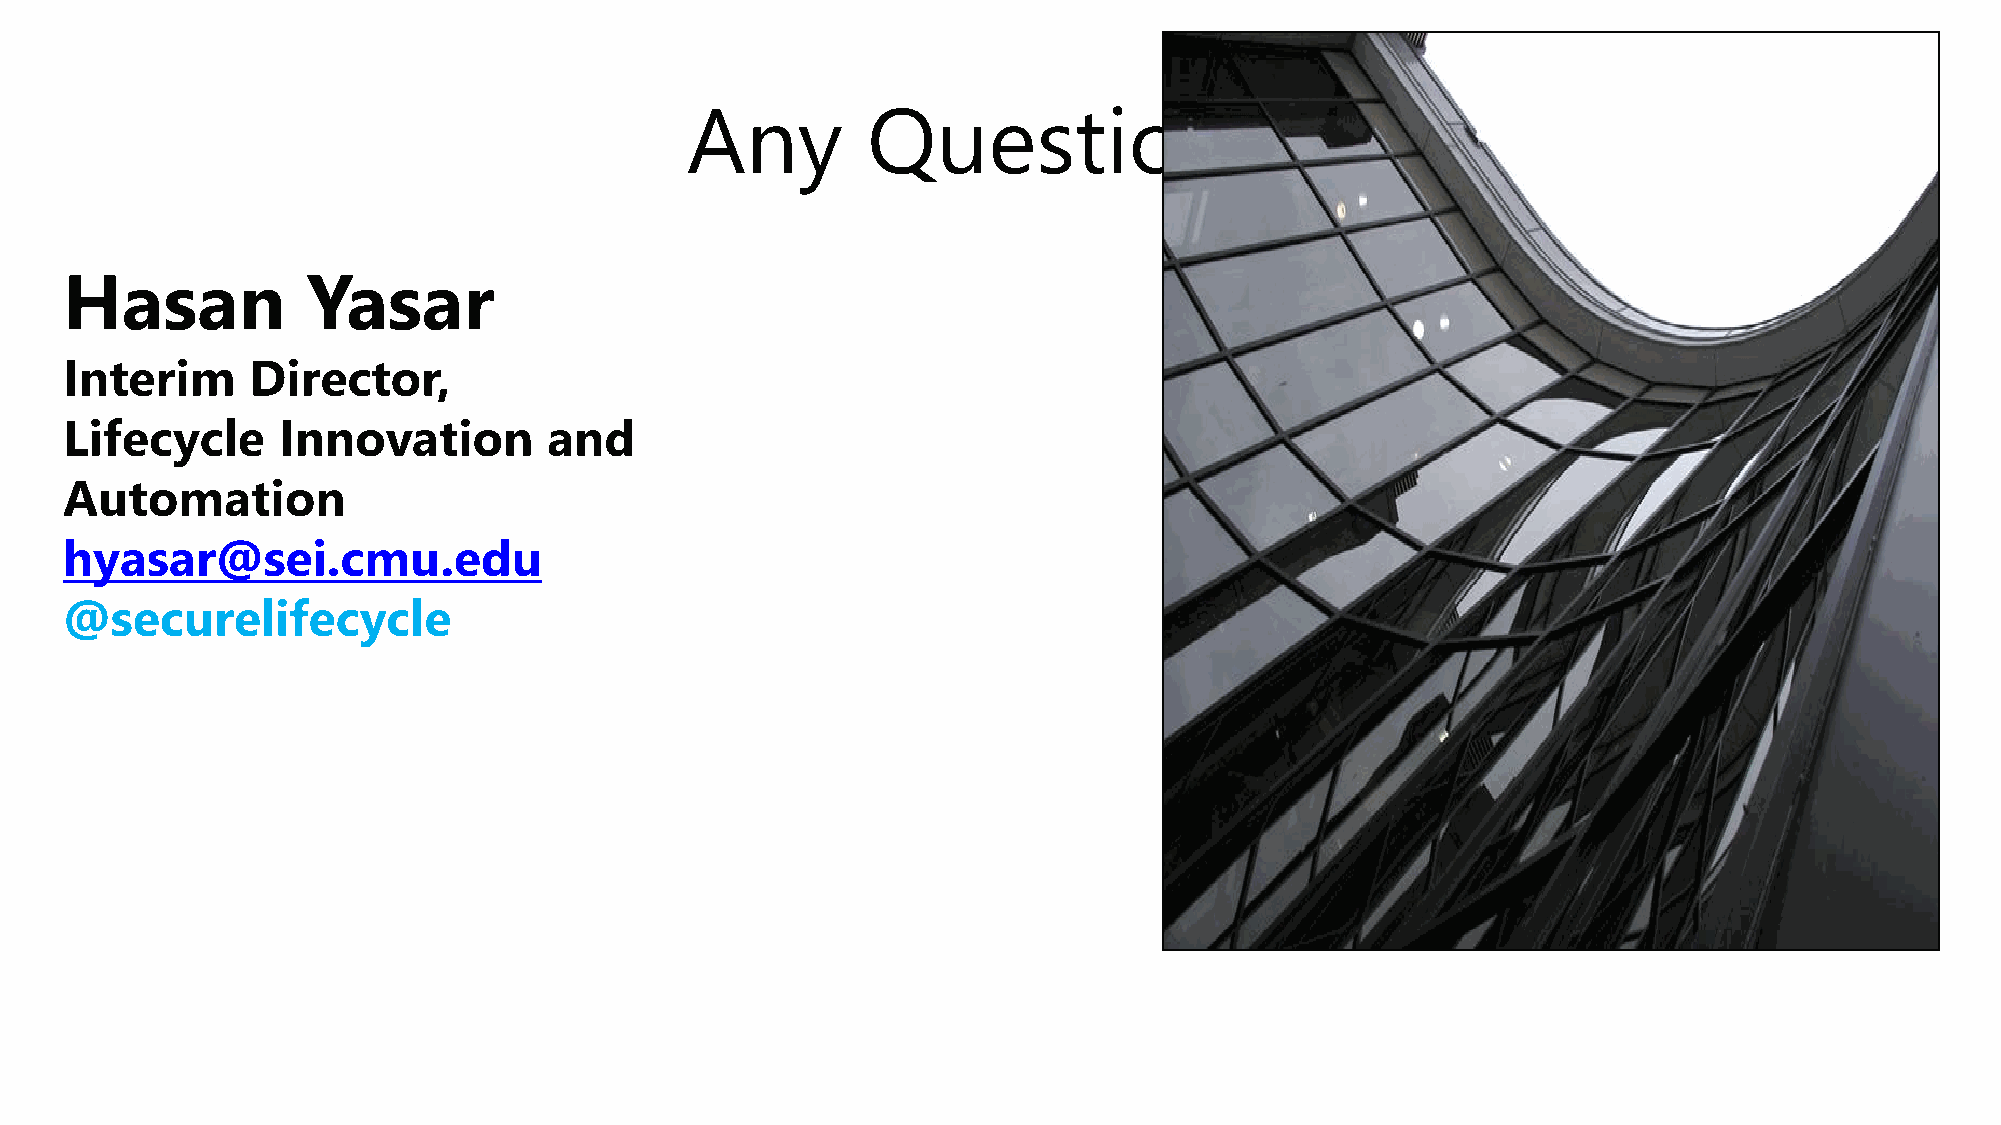
Any         Questions?
 Hasan           Yasar
 Interim      Director,
 Lifecycle     Innovation        and
 Automation
 hyasar@sei.cmu.edu
 @securelifecycle